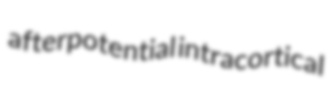
afterpotential intracortical